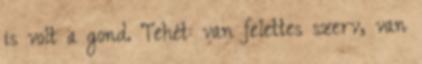
is volt a gond. Tehét: van felettes szerv, van